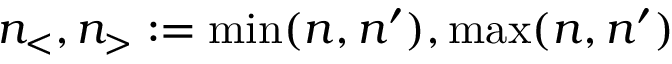
n _ { < } , n _ { > } : = \operatorname* { m i n } ( n , n ^ { \prime } ) , \operatorname* { m a x } ( n , n ^ { \prime } )